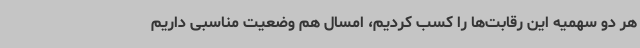
هر دو سهمیه این رقابت‌ها را کسب کردیم، امسال هم وضعیت مناسبی داریم